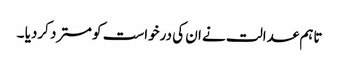
تاہم عدالت نے ان کی درخواست کو مسترد کردیا ۔